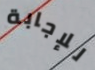
للإجابة